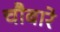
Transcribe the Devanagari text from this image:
चौबारे